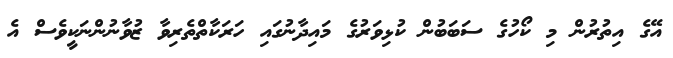
އޭގެ އިތުރުން މި ކޯހުގެ ސަބަބުން ކުޅިވަރުގެ މައިދާނުގައި ހަރަކާތްތެރިވާ ޒުވާނުންނަކީވެސް އެ